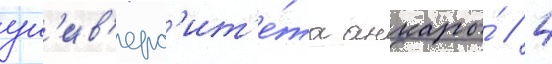
ун'ив'ерс'ит'е́та анкары́ / 4